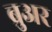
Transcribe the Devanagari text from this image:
ब्रुअर